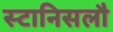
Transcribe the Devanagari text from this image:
स्टानिसलौ